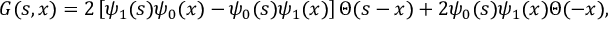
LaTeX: G ( s , x ) = 2 \left[ \psi _ { 1 } ( s ) \psi _ { 0 } ( x ) - \psi _ { 0 } ( s ) \psi _ { 1 } ( x ) \right] \Theta ( s - x ) + 2 \psi _ { 0 } ( s ) \psi _ { 1 } ( x ) \Theta ( - x ) ,